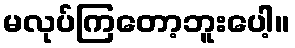
မလုပ်ကြတော့ဘူးပေါ့။